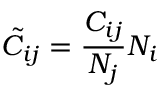
\tilde { C } _ { i j } = \frac { C _ { i j } } { N _ { j } } N _ { i }